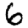
Digit: 6